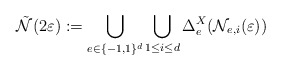
\begin{align*} \tilde{ \mathcal N} (2\varepsilon) := \bigcup_{e \in \{-1,1\}^d} \bigcup_{1\le i\le d} \Delta_e^X(\mathcal N_{e,i}(\varepsilon))\end{align*}